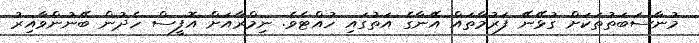
މުނާސަބަތުތަކަށް ގުޅޭނޭ ފަރުމާތައް އޭނާގެ އަތުގައި ހުއްޓެވެ. ނިމްރާއަށް އޮފީސް ހެދުން ބޭނުންވާއިރު